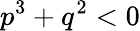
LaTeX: p^{3}+q^{2}<0